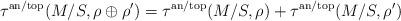
LaTeX: \begin{align*}\tau^\mathrm{an/top}(M/S,\rho\oplus\rho') = \tau^\mathrm{an/top}(M/S,\rho) + \tau^\mathrm{an/top}(M/S,\rho')\end{align*}